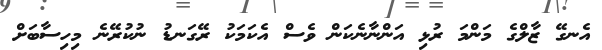
އެނގޭ ޒާލްގެ މަންމަ ރުޅި އަންނާނެކަން ވެސް އެކަމަކު ރޭގަނޑު ނުކުރޭނެ މިހިސާބަށް